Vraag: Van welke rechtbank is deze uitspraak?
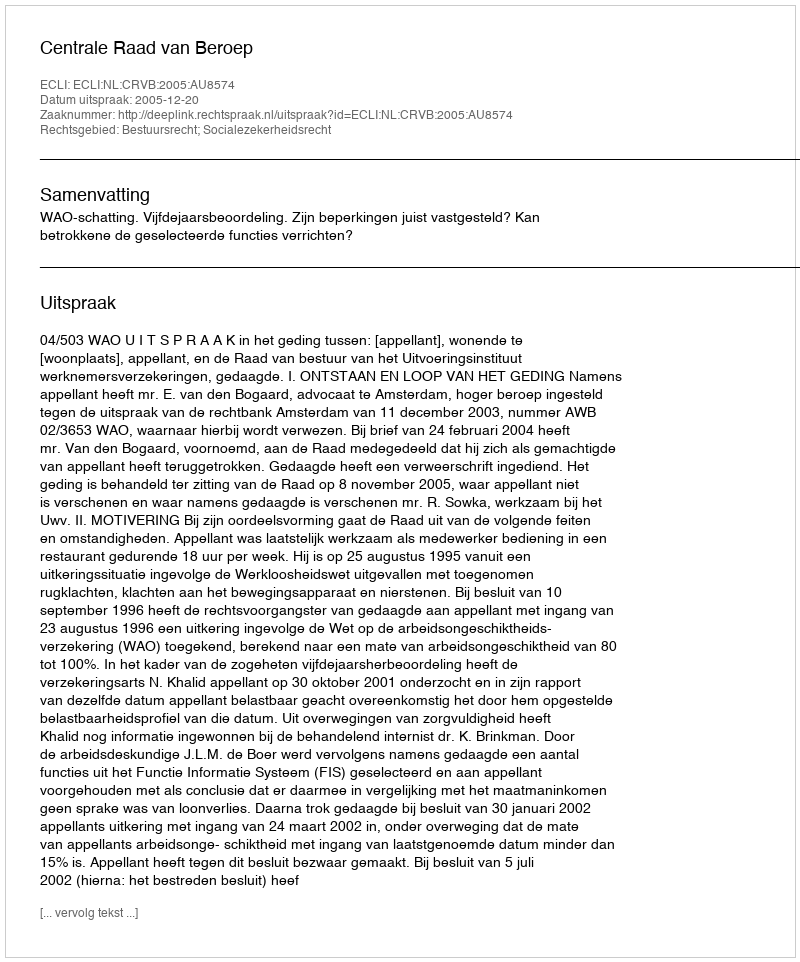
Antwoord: Centrale Raad van Beroep